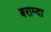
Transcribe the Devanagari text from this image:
बराम्दा